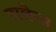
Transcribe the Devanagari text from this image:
पालेन्स